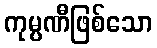
ကုမ္ပဏီဖြစ်သော